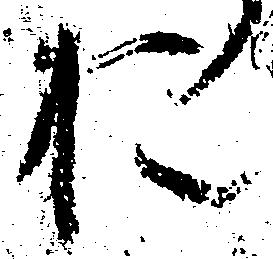
お